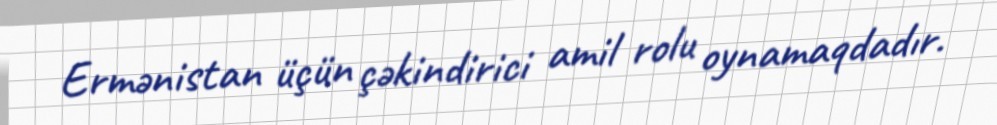
Ermənistan üçün çəkindirici amil rolu oynamaqdadır.